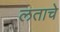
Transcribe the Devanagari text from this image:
लताचे